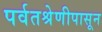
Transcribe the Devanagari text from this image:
पर्वतश्रेणीपासून